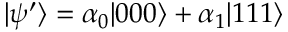
\vert \psi ^ { \prime } \rangle = \alpha _ { 0 } \vert 0 0 0 \rangle + \alpha _ { 1 } \vert 1 1 1 \rangle